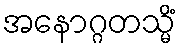
အနောဂ္ဂတသ္မိံ